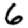
Digit: 6